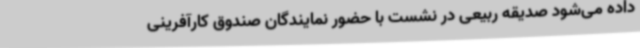
داده می‌شود صدیقه ربیعی در نشست با حضور نمایندگان صندوق کارآفرینی